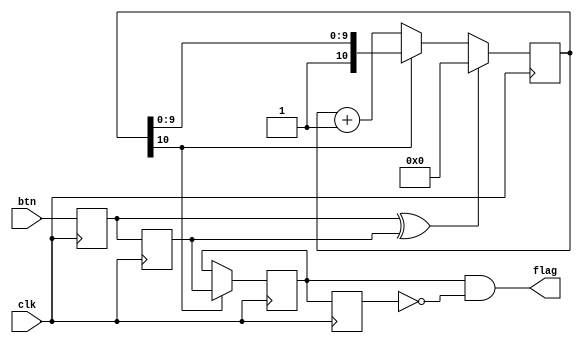
`timescale 1ns / 1ps

module buttonResponse(
        input btn, clk,
        output flag
    );
    reg[10:0] pulses = 0, pulses_next = 0;
    reg button_in, button_in_prev;
    
    wire reset_pulses;
    wire end_counting_pulses;
    
    reg stable_signal = 0, stable_signal_prev = 0;
    
    always @(posedge clk) begin 
        button_in <= btn;
        button_in_prev <= button_in;
        pulses <= pulses_next;
        stable_signal <= pulses[10] ? button_in_prev : stable_signal;
        stable_signal_prev <= stable_signal;
    end
    
    assign reset_pulses = (button_in ^ button_in_prev);
    assign end_counting_pulses = pulses[10];
 
     assign flag = stable_signal && ~stable_signal_prev;
     
     always@* begin
             pulses_next = pulses;
             if(reset_pulses) pulses_next = 0;
         else if (~end_counting_pulses) pulses_next = pulses + 1;   
     end
     
endmodule